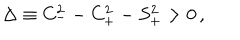
LaTeX: \Delta \equiv C _ { - } ^ { 2 } - C _ { + } ^ { 2 } - S _ { + } ^ { 2 } > 0 \, ,